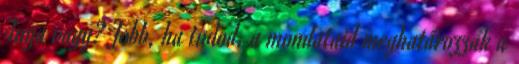
Anya vagy? Jobb, ha tudod, a mondataid meghatározzák a